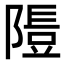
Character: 𨻯